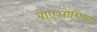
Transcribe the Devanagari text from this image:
बोएओशिया